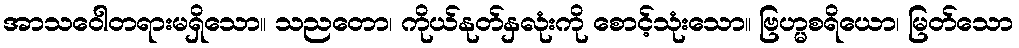
အာသဝေါတရားမရှိသော။ သညတော၊ ကိုယ်နုတ်နှလုံးကို စောင့်သုံးသော။ ဗြဟ္မစရိယော၊ မြတ်သော